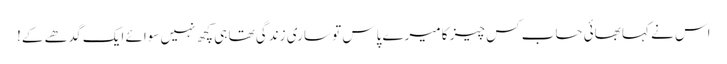
اس نے کہا بھائی حساب کس چیز کا میرے پاس تو ساری زندگی تھا ہی کچھ نہیں سوائے ایک گدھے کے!